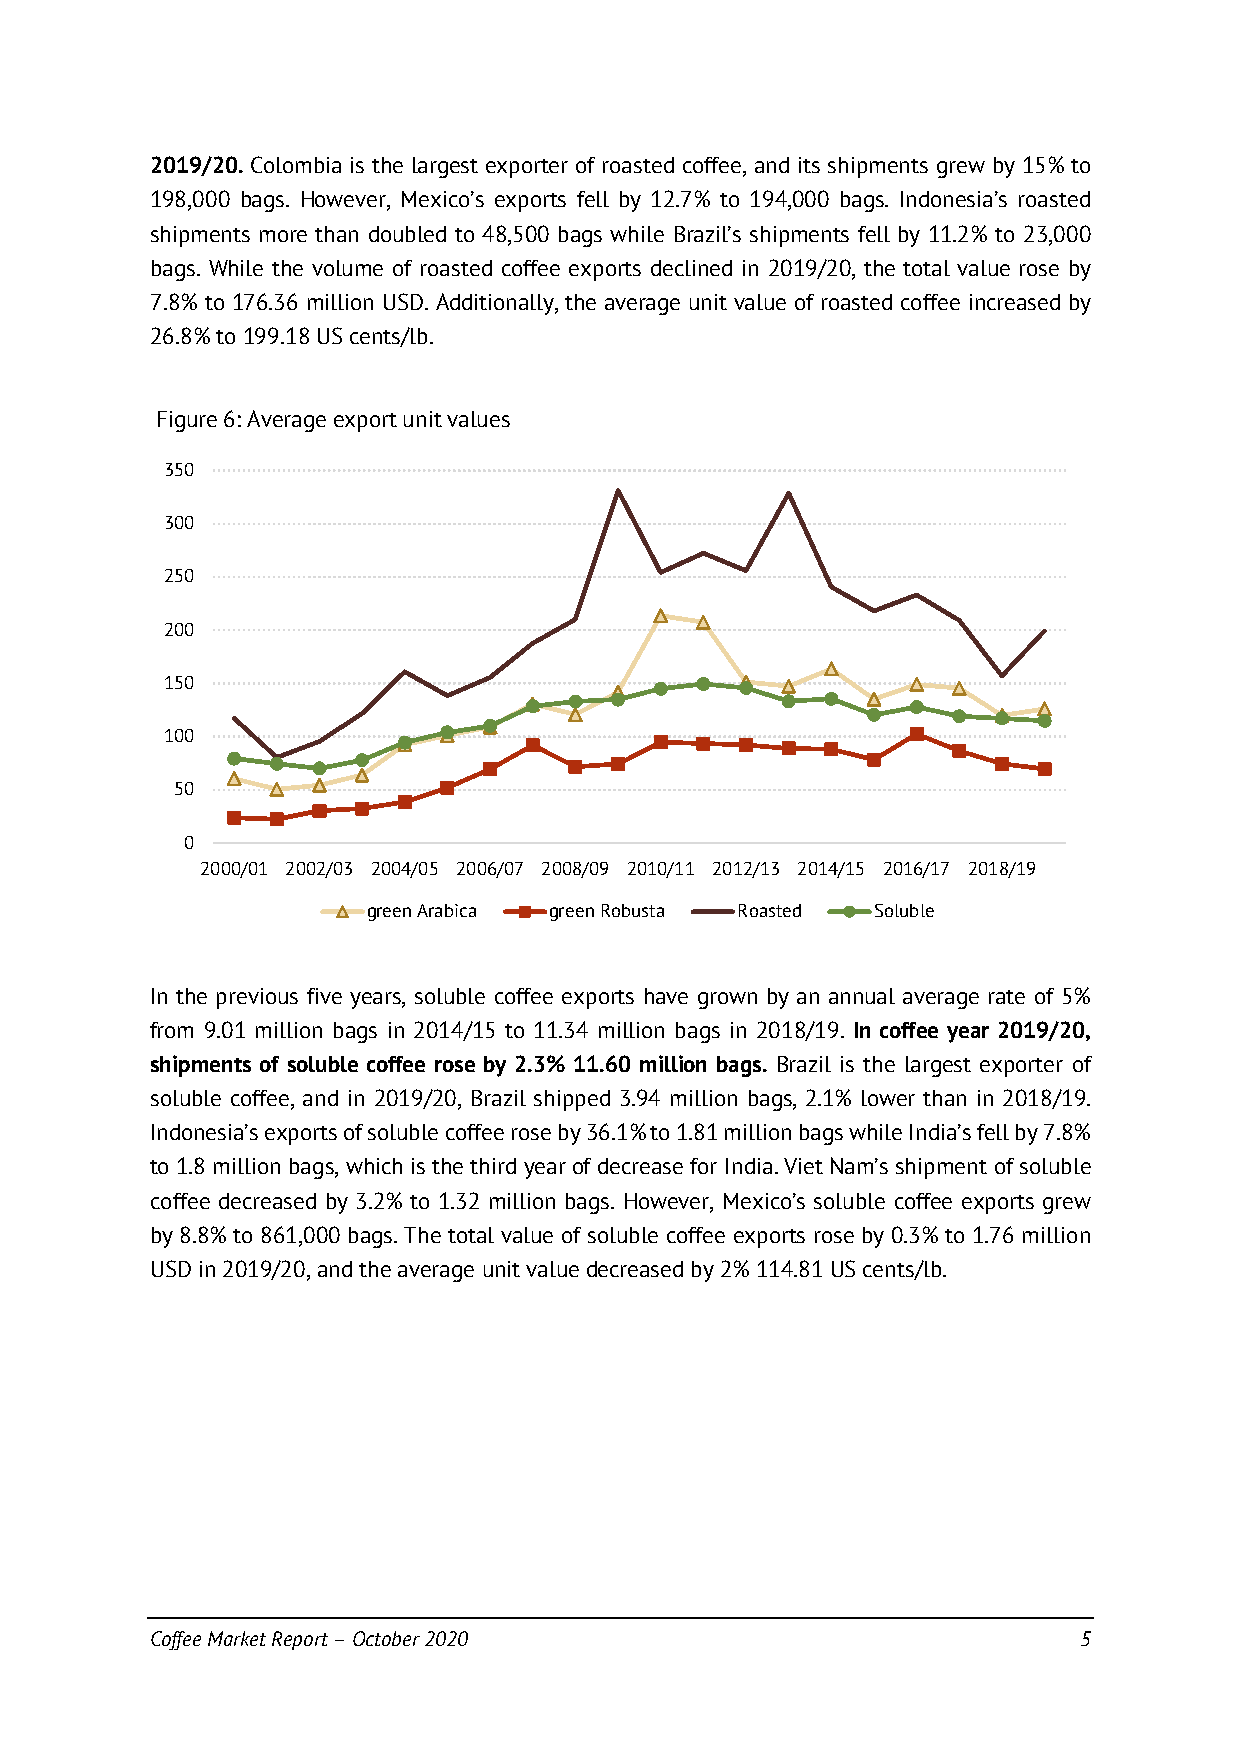
2019/20. Colombia is the largest exporter of roasted coffee, and its shipments grew by 15% to
 198,000 bags. However, Mexico’s exports fell by 12.7% to 194,000 bags. Indonesia’s roasted
 shipments more than doubled to 48,500 bags while Brazil’s shipments fell by 11.2% to 23,000
 bags. While the volume of roasted coffee exports declined in 2019/20, the total value rose by
 7.8% to 176.36 million USD. Additionally, the average unit value of roasted coffee increased by
 26.8% to 199.18 US cents/lb.
 Figure 6: Average export unit values
 350
 300
 250
 200
 150
 100
 50
 0
 2000/01 2002/03 2004/05 2006/07 2008/09 2010/11 2012/13 2014/15 2016/17 2018/19
 green Arabica green Robusta Roasted Soluble
 In the previous five years, soluble coffee exports have grown by an annual average rate of 5%
 from 9.01 million bags in 2014/15 to 11.34 million bags in 2018/19. In coffee year 2019/20,
 shipments of soluble coffee rose by 2.3% 11.60 million bags. Brazil is the largest exporter of
 soluble coffee, and in 2019/20, Brazil shipped 3.94 million bags, 2.1% lower than in 2018/19.
 Indonesia’s exports of soluble coffee rose by 36.1% to 1.81 million bags while India’s fell by 7.8%
 to 1.8 million bags, which is the third year of decrease for India. Viet Nam’s shipment of soluble
 coffee decreased by 3.2% to 1.32 million bags. However, Mexico’s soluble coffee exports grew
 by 8.8% to 861,000 bags. The total value of soluble coffee exports rose by 0.3% to 1.76 million
 USD in 2019/20, and the average unit value decreased by 2% 114.81 US cents/lb.
 Coffee Market Report – October 2020                          5